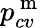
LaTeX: p_{cv}^{\mathrm{~m~}}